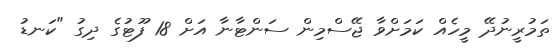
ތަމުރީނުދޭ މީހެއް ކަމަށްވާ ޖޭސްމިން ސަންޓާނާ އަށް 18 ފޫޓުގެ ދިގު "ކަނޑު